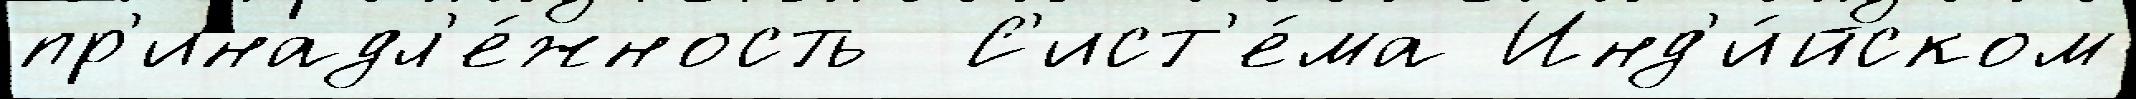
пр'инадл'е́жность  С'ист'е́ма Инд'и́йском